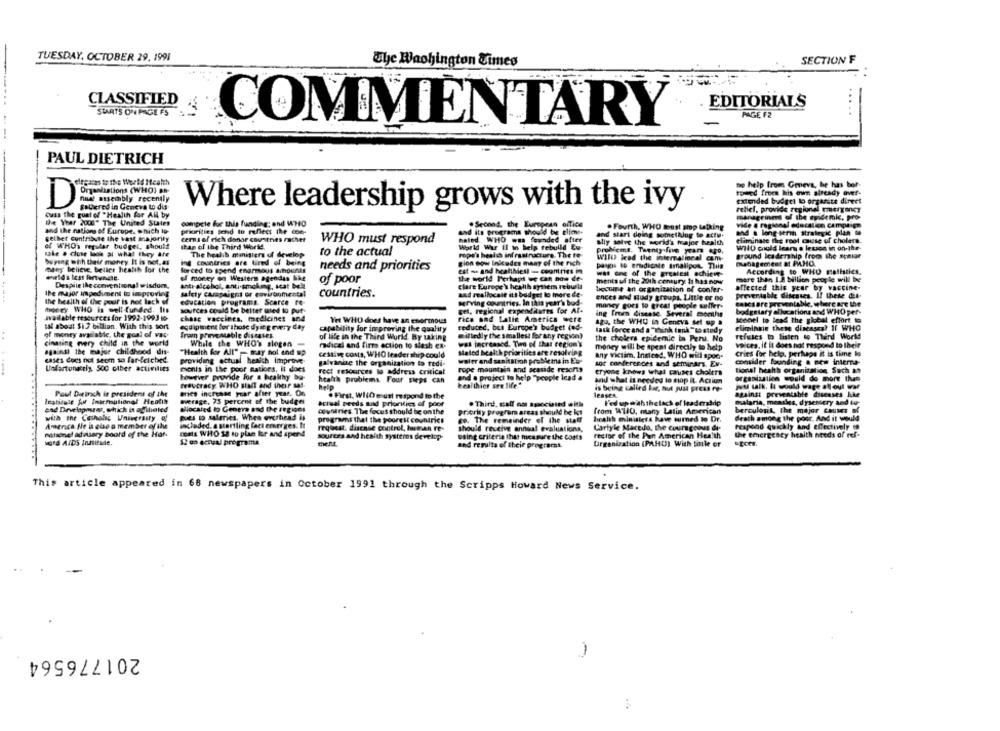
TUESDAY, OCTOBER 29, 1991
The Washington Times
SECTION F
CLASSIFIED
EDITORIALS
STARTS ON PAGE FS
PAGE F2
COMMENTARY
--
PAUL DIETRICH
elegaras to the World Health
to help from Greve, he has bor-
Organisations (WHO) an
towed froen his own already over-
nuet assembly recently
extended budget lo orgasite direct
Sabered in Geneva Lo dis
Where leadership grows with the ivy
rebel, provide regional Emergency
Ouss The coat of "Health for All by
management of the tyidemk, pro-
De Year 2000" The United States
compete for this funding; and WHO
. Second, the Surcocan office
. Fourth, WHO toust stop talking
vide a regional edaction campaign
and the nations of Europe, which to
phonties lond to reflect the con-
and its programs should be glio.
and start doing something to acty.
and a long-term strategie plan to
gethet contribute the vast majority
cemni of rich donor countries racher
WHO must respond
baled WHO was founded after
aliy salve the world's frajer health
elimingse the root cause of cholera.
of WHOs regular budgel, should
Itan of the Third World.
World War II to help rebuild Eu-
Will could learn a lesson in on-the-
take a close look at what they are
The health ministers of develop
to the actual
rope's health infrastructure, The te-
problemt. Twenty five year ago.
ground leadership from the senior
buyseg with their money It is not. as
ing countries are tired of being
gion now Inicodes many of the rich
Will lead the international com-
pengis to eradicate arnallpot. This
management & PM.HO.
many believe, beller health for the
forced to spend enormous amounts
needs and priorities
est - and healthiest - countries in
According to WHO matistics.
of money on Western agendas bike
the world Perhaps we can now de-
wat one of the greatest achieve-
mare than 1.2 billion people will be
Despite the conventional wisdom,
anti- alcohol, anti-smoking, scat bell
of poor
clare Europe's health syner rebusla
ments uf the 20th century: 11 has now
safety campaigns or coviranmental
countries.
and reallocate it's budget to more de-
become an organization of confer-
affected this year by vaccine-
the health of the poor is not lack of
the major impediment to improving
ences and Hady groups. Little or no
preventable diseases. If these dil-
money WHO is well -funded. Its
education programs. Scarce re-
serving countries. In this year's bod-
money goes to great people seller-
casesare preventable, where are the
sources could be better used to put-
get, regional expenditures for Af-
ing From disease. Several months
budgetary allocations and WHO per-
Ivailable resources for 1992-1993 16
chase vaccines, medicines and
Yet WHO does have an enormous
rica and Latin America were
a20, the WHO in Geneva set up a
sonoel to lead the global effort to
tal aboat Si7 billion. With this sort
equipment for those dying every day
capability for improving the quality
reduced, bet Europe's budget (ad-
task force and a"think tank" to study
eliminne these diseases? IF WHO
of money avgelatile, the goal of vac
from preventable diseases
of life in the Third World By taking
milledly the smallest for any region)
the cholera epidemic in Peru. No
refuses to listen to Third World
cinating every child in the world
While the WHO'S slogen -
wal increased. Tino of That region's
voices. if It does not respond to their
against the major childhood dis-
"Health for All" - tray hot end up
radical and firm action to slash ex-
Maled health priorities are resolving
money will be spent directly to help
cases does not seem so far-fetched.
providing actual heaich improve
cessive conta, WHO leader ship could
water and sanitation problems in Eur
My victim, Instead, WHO will spor-
Cries for help, perhaps it is time lo
galvanize the organization to redi-
and conferences and seminars. Ev-
consider founding & new interra-
Unfortunately, SOC other activities
monis in the poor Rations, It does
rect resources lo address critical
rope mountain and seaside resorts
eryone knows what causes cholera
tional heahh organisation. Such as
however provide for a healthy by-
health problems Four sieps can
d a project to help "people lead a
and what is needed to siop it. Action
organization would do more than
frautracy WHO siMT and their sa !.
help
healthier sea life"
is being called bir, but just press re-
ju talk. It would wage allout war
Poul Ditirsch is president of the
tes increase year after year. On
. First, WiiDe ust respond to the
leasen.
against preventable diseases hike
average, 73 percent of the budget
acisal needs and priorities of poor
. Third, call ost associated with
Fed up with thelack of leadership
malaria, measles, dysentery and tu
end Drvelapoures, which is agftheted
Miocaled to Geneva and the regiges
countries The focus should be on the
priority program areas should be ks
from WIIU, many Latin American
berculosis, the major causes of
pues to saleries, When overhead is
death among the poor. And it would
with the Catholic University of
programs that the poorest countries
to. The remainder of the statt
health ministers have turned to Dr.
America Ne is also a member of Ilu
included. a startling fact emerges. It
request. disease control, human re-
should receive annual evaluations,
Carlyle Macedo, the courageous dr.
respond quickly and effectively 0
matsonel advisory board of the Har-
costs WHO 18 to plan for and spend
sources and health systemes develop-
using criterio that measure the Costs
rector of the Pun American Health
the emergency health needs of ref.
word AIDS Inatitude.
12 on ecnaal programa
ment
and results of theje programas.
Organization (PAHU) With toile of
This article appeared in 68 newspapers in October 1991 through the Scripps Howard News Service.
201776564
-